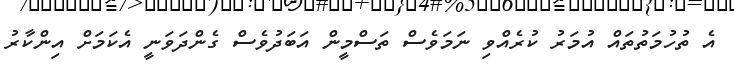
އެ ތުހުމަތުތައް އުމަރު ކުރެއްވި ނަމަވެސް ތަސްމީން އަބަދުވެސް ގެންދަވަނީ އެކަމަށް އިންކާރު